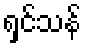
ရှင်သန်